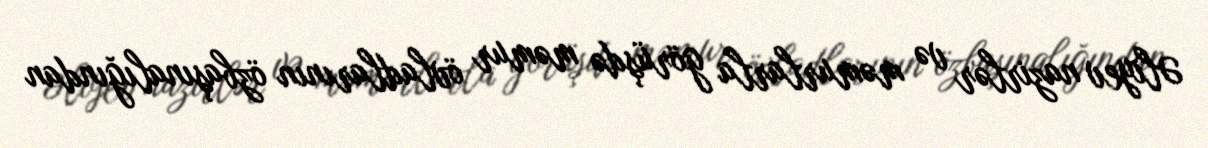
Əliyev nazirlər və məmurlarla görüşdə məmur övladlarının özbaşınalığından